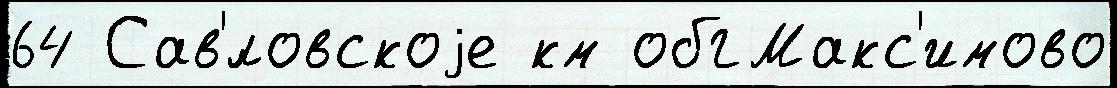
64 Сав'́ловскоjе км обгМакс'имово